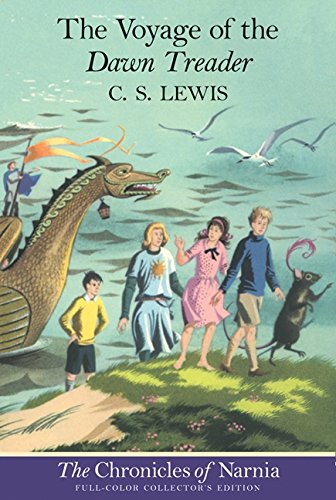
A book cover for The Voyage of the Dawn Treader (The Chronicles of Narnia, Book 5, Full-Color Collector's Edition); C. S. Lewis; Christian Books & Bibles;